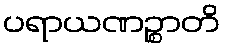
ပရာယဏဉ္စာတိ